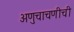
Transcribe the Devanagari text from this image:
अणुचाचणीची